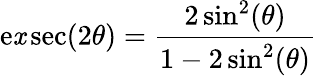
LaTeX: \operatorname{e\mathit{x}sec}(2\theta)={\frac{{2\sin^{2}(\theta)}}{{1-2\sin^{2}(\theta)}}}